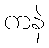
ကနဲ